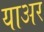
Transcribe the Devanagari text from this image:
याअर